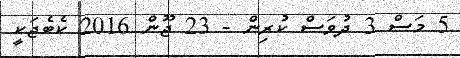
5 މަސް 3 ދުވަސް ކުރިން - 23 ޖޫން 2016 ކެބެޖަކީ